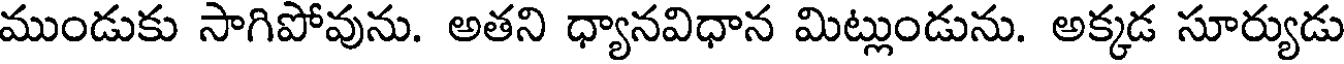
ముండుకు సాగిపోవును. అతని ధ్యానవిధాన మిట్లుండును. అక్కడ సూర్యుడు